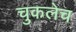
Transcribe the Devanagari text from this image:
चुकलेच